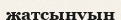
жатсынуын